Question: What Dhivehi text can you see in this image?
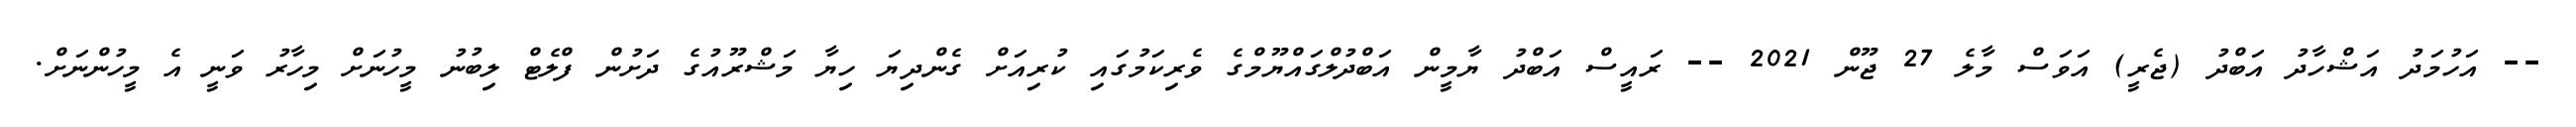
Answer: -- އަހުމަދު އަޝްހާދު އަބްދު (ޖެރީ) އަވަސް މާލެ 27 ޖޫން 2021 -- ރައީސް އަބްދު ޔާމީން އަބްދުލްގައްޔޫމްގެ ވެރިކަމުގައި ކުރިއަށް ގެންދިޔަ ހިޔާ މަޝްރޫއުގެ ދަށުން ފްލެޓް ލިބުނު މީހުނަށް މިހާރު ވަނީ އެ މީހުންނަށް.